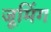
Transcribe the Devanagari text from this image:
जूमिंग